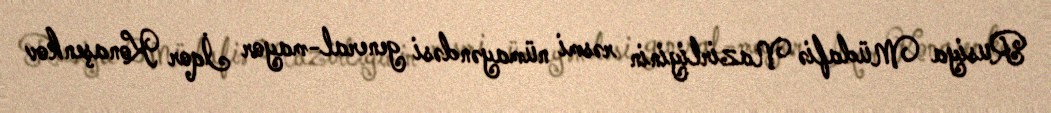
Rusiya Müdafiə Nazirliyinin rəsmi nümayəndəsi general-mayor İqor Konaşenkov